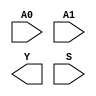
module sky130_fd_sc_ls__udp_mux_2to1_N (
    //# {{data|Data Signals}}
    input  A0,
    input  A1,
    output Y ,

    //# {{control|Control Signals}}
    input  S
);
endmodule